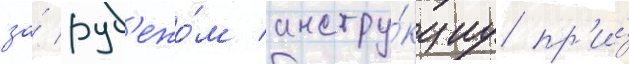
за́ руб'ежо́м инстру́кциу пр'и́